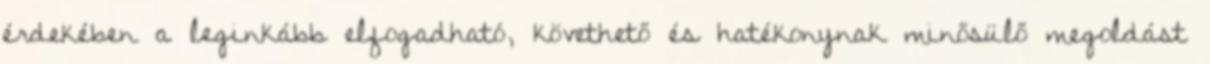
érdekében a leginkább elfogadható, követhető és hatékonynak minősülő megoldást